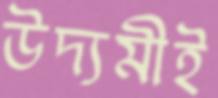
উদ্যমীই